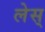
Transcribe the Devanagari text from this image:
लेस्